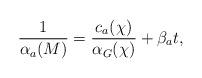
LaTeX: \begin{align*}\frac{1}{\alpha_a(M)} =\frac{c_a(\chi)}{\alpha_G(\chi)} + \beta_a t, \end{align*}